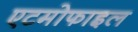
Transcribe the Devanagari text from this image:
एटमोफाइल